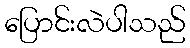
ပြောင်းလဲပါသည်